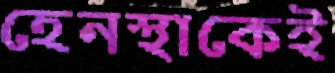
হেনস্থাকেই